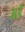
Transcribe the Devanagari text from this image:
बडॅ